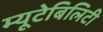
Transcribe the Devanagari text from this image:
म्यूटेबिलिटी